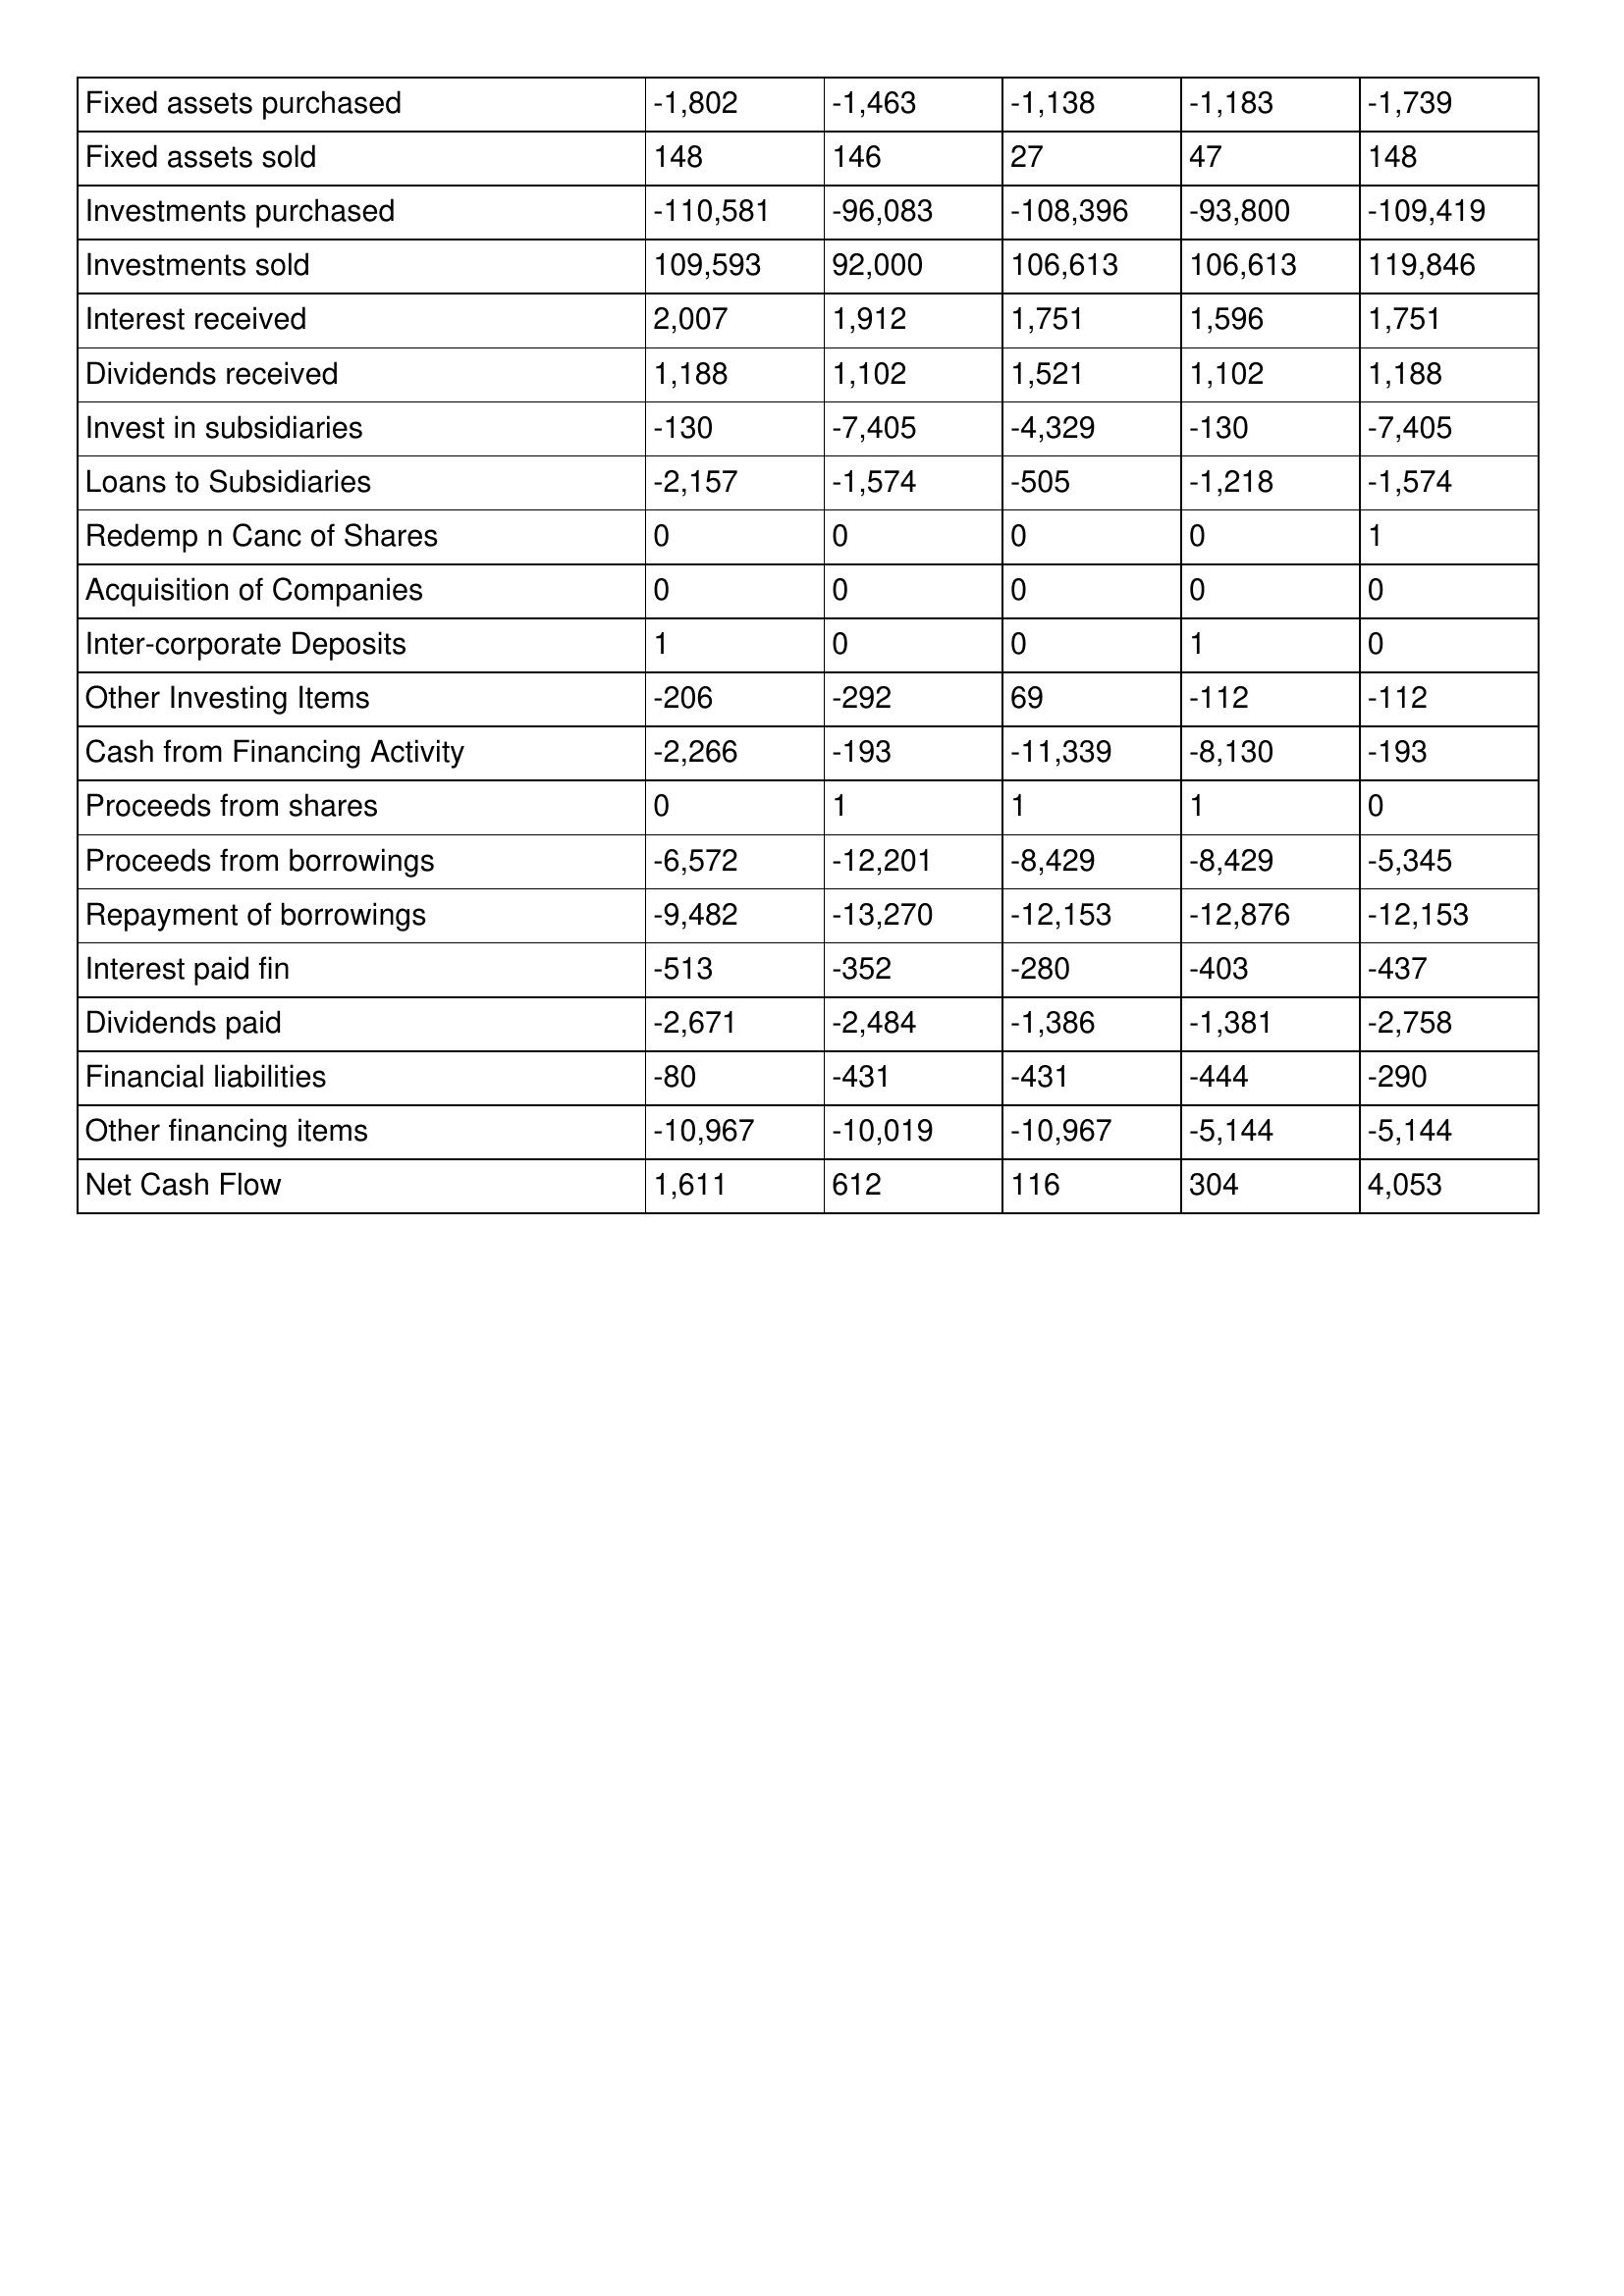
gt_parse: 1998: Cash Flows: Fixed assets purchased: -1,802
Fixed assets sold: 148
Investments purchased: -110,581
Investments sold: 109,593
Interest received: 2,007
Dividends received: 1,188
Invest in subsidiaries: -130
Loans to Subsidiaries: -2,157
Redemp n Canc of Shares: 0
Acquisition of Companies: 0
Inter-corporate Deposits: 1
Other Investing Items: -206
Cash from Financing Activity: -2,266
Proceeds from shares: 0
Proceeds from borrowings: -6,572
Repayment of borrowings: -9,482
Interest paid fin: -513
Dividends paid: -2,671
Financial liabilities: -80
Other financing items: -10,967
Net Cash Flow: 1,611
1997: Cash Flows: Fixed assets purchased: -1,463
Fixed assets sold: 146
Investments purchased: -96,083
Investments sold: 92,000
Interest received: 1,912
Dividends received: 1,102
Invest in subsidiaries: -7,405
Loans to Subsidiaries: -1,574
Redemp n Canc of Shares: 0
Acquisition of Companies: 0
Inter-corporate Deposits: 0
Other Investing Items: -292
Cash from Financing Activity: -193
Proceeds from shares: 1
Proceeds from borrowings: -12,201
Repayment of borrowings: -13,270
Interest paid fin: -352
Dividends paid: -2,484
Financial liabilities: -431
Other financing items: -10,019
Net Cash Flow: 612
1996: Cash Flows: Fixed assets purchased: -1,138
Fixed assets sold: 27
Investments purchased: -108,396
Investments sold: 106,613
Interest received: 1,751
Dividends received: 1,521
Invest in subsidiaries: -4,329
Loans to Subsidiaries: -505
Redemp n Canc of Shares: 0
Acquisition of Companies: 0
Inter-corporate Deposits: 0
Other Investing Items: 69
Cash from Financing Activity: -11,339
Proceeds from shares: 1
Proceeds from borrowings: -8,429
Repayment of borrowings: -12,153
Interest paid fin: -280
Dividends paid: -1,386
Financial liabilities: -431
Other financing items: -10,967
Net Cash Flow: 116
1995: Cash Flows: Fixed assets purchased: -1,183
Fixed assets sold: 47
Investments purchased: -93,800
Investments sold: 106,613
Interest received: 1,596
Dividends received: 1,102
Invest in subsidiaries: -130
Loans to Subsidiaries: -1,218
Redemp n Canc of Shares: 0
Acquisition of Companies: 0
Inter-corporate Deposits: 1
Other Investing Items: -112
Cash from Financing Activity: -8,130
Proceeds from shares: 1
Proceeds from borrowings: -8,429
Repayment of borrowings: -12,876
Interest paid fin: -403
Dividends paid: -1,381
Financial liabilities: -444
Other financing items: -5,144
Net Cash Flow: 304
1994: Cash Flows: Fixed assets purchased: -1,739
Fixed assets sold: 148
Investments purchased: -109,419
Investments sold: 119,846
Interest received: 1,751
Dividends received: 1,188
Invest in subsidiaries: -7,405
Loans to Subsidiaries: -1,574
Redemp n Canc of Shares: 1
Acquisition of Companies: 0
Inter-corporate Deposits: 0
Other Investing Items: -112
Cash from Financing Activity: -193
Proceeds from shares: 0
Proceeds from borrowings: -5,345
Repayment of borrowings: -12,153
Interest paid fin: -437
Dividends paid: -2,758
Financial liabilities: -290
Other financing items: -5,144
Net Cash Flow: 4,053